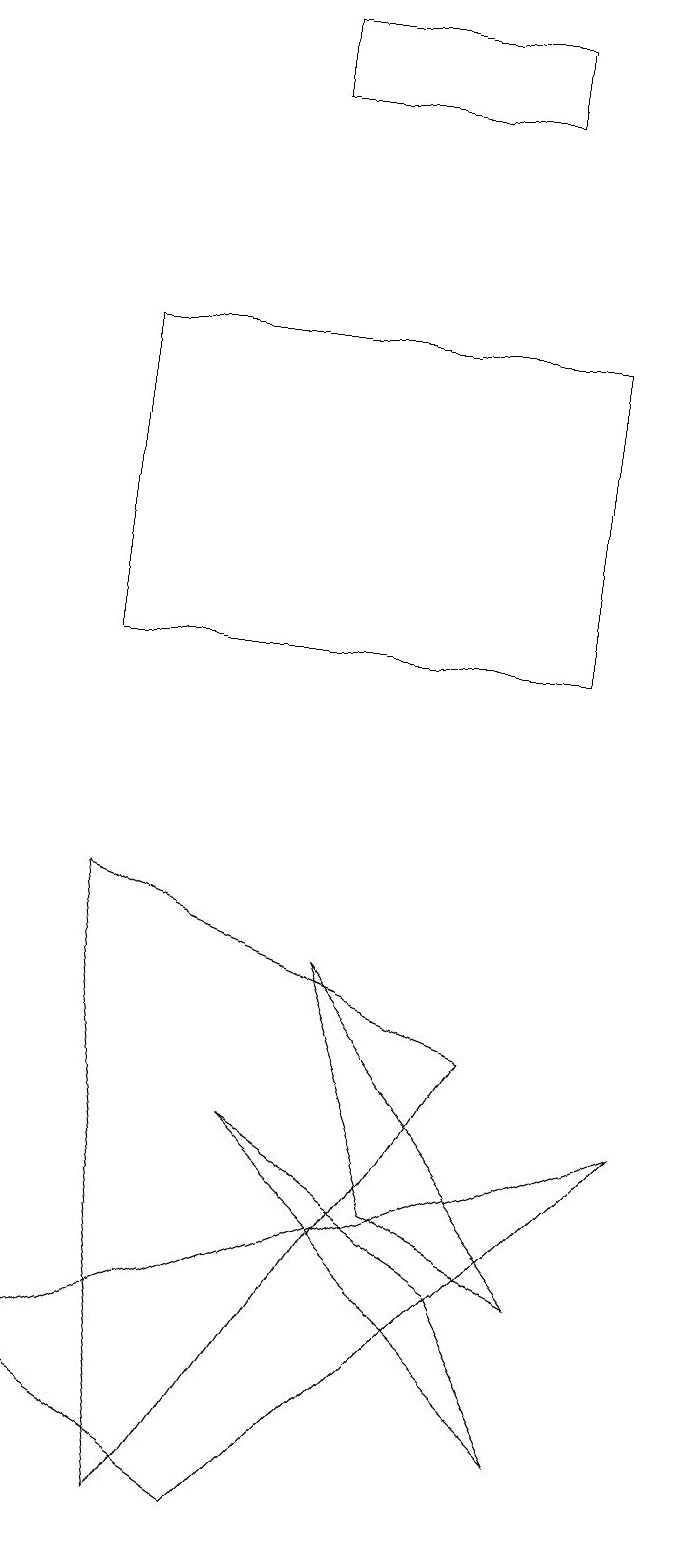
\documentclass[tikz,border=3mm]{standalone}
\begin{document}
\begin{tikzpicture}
\draw (2,11) rectangle (8,15);
\draw (5,7) -- (8,3) -- (6,4) -- cycle;
\draw (1,2) -- (4,0) -- (9,5) -- cycle;
\draw (2,8) -- (7,6) -- (3,0) -- cycle;
\draw (8,1) -- (7,3) -- (4,5) -- cycle;
\draw (7,19) rectangle (4,18);
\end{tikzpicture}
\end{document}